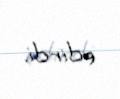
edirdi.